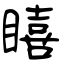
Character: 瞦